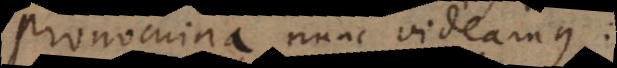
onomina nunc videamus.